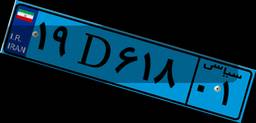
۱۹D۶۱۸۰۱